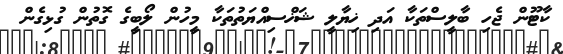
ކާޓޫން ޖެހި ބާލީސްތަކާ އަދި ޚިޔާލީ ޝަޚްސިއްޔަތުތަކާ މީހުން ލޯބީގެ ގޮތުން ގުޅިގެން